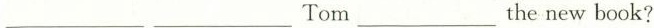
___ ___ Tom ___ the new book?